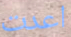
اعدت